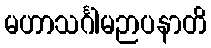
မဟာသင်္ဂါမဉာပနာတိ